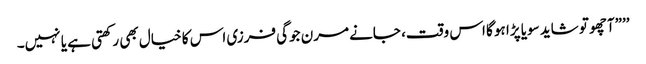
’’”آچھو تو شاید سویا پڑا ہو گا اس وقت، جانے مرن جوگی فرزی اس کا خیال بھی رکھتی ہے یا نہیں۔